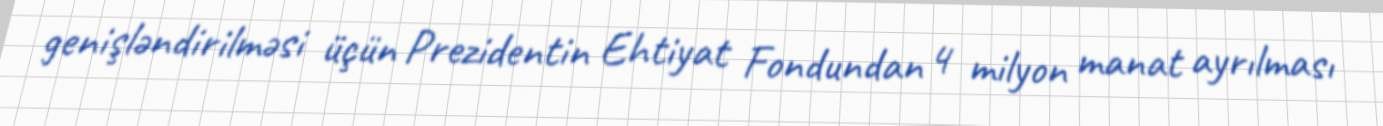
genişləndirilməsi üçün Prezidentin Ehtiyat Fondundan 4 milyon manat ayrılması